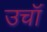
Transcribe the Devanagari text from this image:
उचॉं